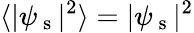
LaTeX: \langle|\psi_{\mathrm{~s~}}|^{2}\rangle=|\psi_{\mathrm{~s~}}|^{2}